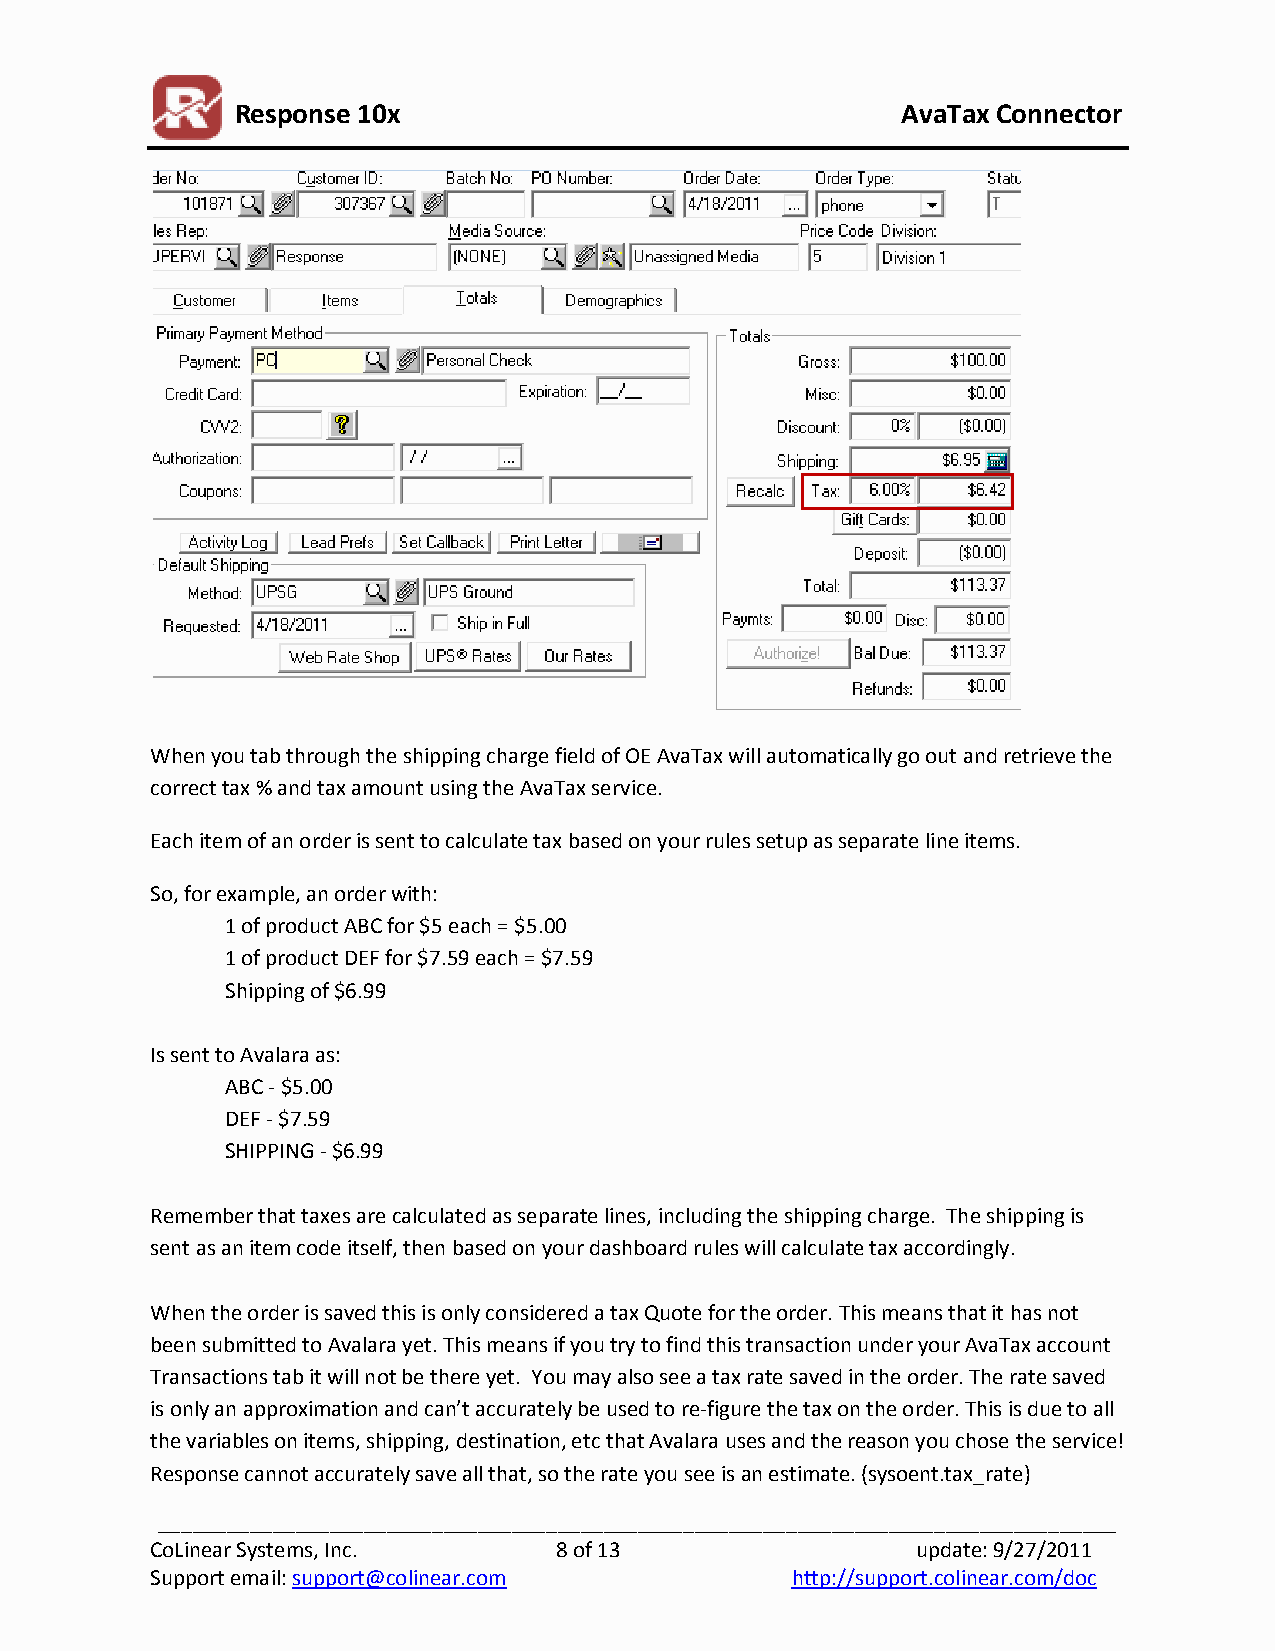
Response 10x                                AvaTax Connector
 When you tab through the shipping charge field of OE AvaTax will automatically go out and retrieve the
 correct tax % and tax amount using the AvaTax service.
 Each item of an order is sent to calculate tax based on your rules setup as separate line items.
 So, for example, an order with:
 1 of product ABC for $5 each = $5.00
 1 of product DEF for $7.59 each = $7.59
 Shipping of $6.99
 Is sent to Avalara as:
 ABC - $5.00
 DEF - $7.59
 SHIPPING - $6.99
 Remember that taxes are calculated as separate lines, including the shipping charge. The shipping is
 sent as an item code itself, then based on your dashboard rules will calculate tax accordingly.
 When the order is saved this is only considered a tax Quote for the order. This means that it has not
 been submitted to Avalara yet. This means if you try to find this transaction under your AvaTax account
 Transactions tab it will not be there yet. You may also see a tax rate saved in the order. The rate saved
 is only an approximation and can’t accurately be used to re-figure the tax on the order. This is due to all
 the variables on items, shipping, destination, etc that Avalara uses and the reason you chose the service!
 Response cannot accurately save all that, so the rate you see is an estimate. (sysoent.tax_rate)
 ____________________________________________________________________________________
 CoLinear Systems, Inc.     8 of 13                 update: 9/27/2011
 Support email: support@colinear.com       http://support.colinear.com/doc